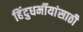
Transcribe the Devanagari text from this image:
हिंदुधर्मीयांसाठी